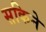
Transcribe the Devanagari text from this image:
सकिने